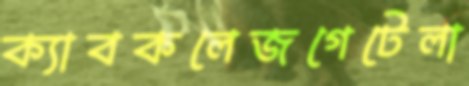
ক্যাবকলেজগেটেলা